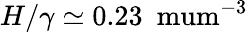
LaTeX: H/\gamma\simeq 0.23~\mathrm{\ mum^{-3}}